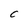
Character: C